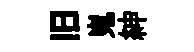
旧嵬紳